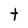
Character: t